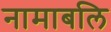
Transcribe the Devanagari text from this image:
नामाबलि